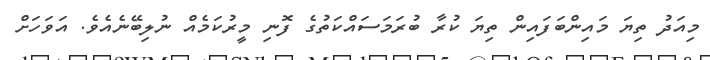
މިއަދު ތިޔަ މައިންބަފައިން ތިޔަ ކުރާ ބުރަމަސައްކަތުގެ ފޮނި މީރުކަމެއް ނުލިބޭނެއެވެ. އަވަހަށް